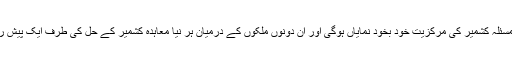
اس سے مسئلہ کشمیر کی مرکزیت خود بخود نمایاں ہوگی اور ان دونوں ملکوں کے درمیان ہر نیا معاہدہ کشمیر کے حل کی طرف ایک پیش رفت ہوگا۔